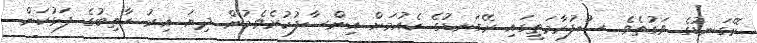
ރޭގަނޑުގެ ވަގުތެވެ. ސުފުރާމަތީގައި ރޭގަނޑުގެ ކެއުމަށް އިންސާފުކުރެވެމުން ދިޔަ އިރު ހާތިބުގެ ފަޅުކަން